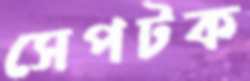
সেপটক